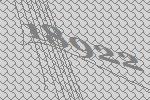
18922